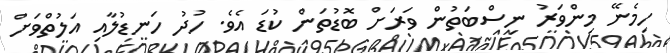
ހިމެނޭ މިންވަރު ނިސްބަތުން ވަރަށް ބޮޑުތަން ކުޑަ އެވެ. ހުދު ހަނޑުލާއި އަލުތްވަށް